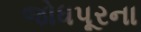
જોધપૂરના